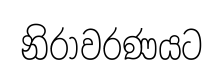
නිරාවරණයට